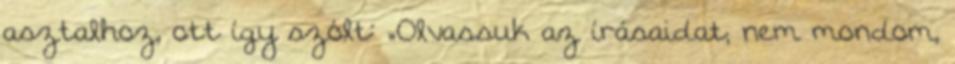
asztalhoz, ott így szólt: „Olvassuk az írásaidat; nem mondom,